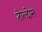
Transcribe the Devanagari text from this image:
तोल्दोस